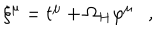
\xi ^ { \mu } = t ^ { \mu } + \Omega _ { H } \varphi ^ { \mu } ,